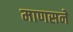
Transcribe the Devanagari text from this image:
माणसने